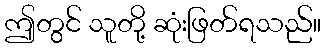
ဤတွင် သူတို့ ဆုံးဖြတ်ရသည်။